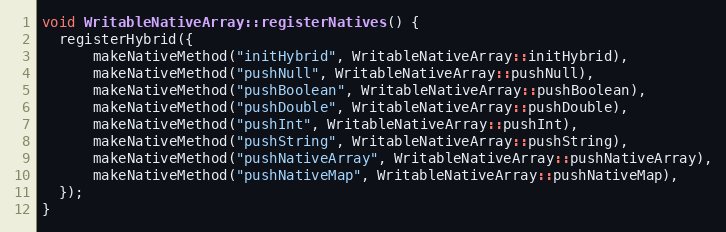
Language: C++
void WritableNativeArray::registerNatives() {
  registerHybrid({
      makeNativeMethod("initHybrid", WritableNativeArray::initHybrid),
      makeNativeMethod("pushNull", WritableNativeArray::pushNull),
      makeNativeMethod("pushBoolean", WritableNativeArray::pushBoolean),
      makeNativeMethod("pushDouble", WritableNativeArray::pushDouble),
      makeNativeMethod("pushInt", WritableNativeArray::pushInt),
      makeNativeMethod("pushString", WritableNativeArray::pushString),
      makeNativeMethod("pushNativeArray", WritableNativeArray::pushNativeArray),
      makeNativeMethod("pushNativeMap", WritableNativeArray::pushNativeMap),
  });
}